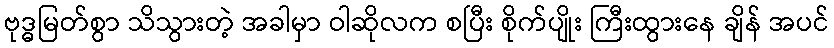
ဗုဒ္ဓမြတ်စွာ သိသွားတဲ့ အခါမှာ ဝါဆိုလက စပြီး စိုက်ပျိုး ကြီးထွားနေ ချိန် အပင်